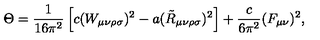
\Theta = { \frac { 1 } { 1 6 \pi ^ { 2 } } } \left[ c ( W _ { \mu \nu \rho \sigma } ) ^ { 2 } - a ( \tilde { R } _ { \mu \nu \rho \sigma } ) ^ { 2 } \right] + { \frac { c } { 6 \pi ^ { 2 } } } ( F _ { \mu \nu } ) ^ { 2 } ,